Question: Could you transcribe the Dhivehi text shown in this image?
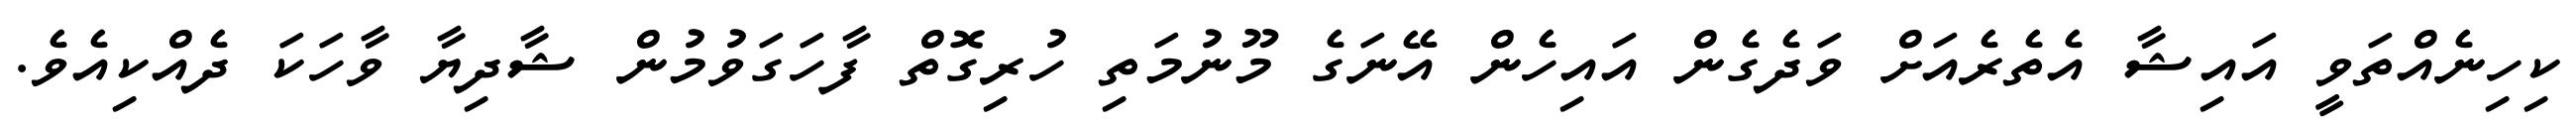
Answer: ކިހިނެއްތަވީ އައިޝާ އެތެރެއަށް ވަދެގެން އައިހެން އޭނަގެ މޫނުމަތި ހުރިގޮތް ފާހަގަވުމުން ޝާދިޔާ ވާހަކަ ދެއްކިއެވެ.